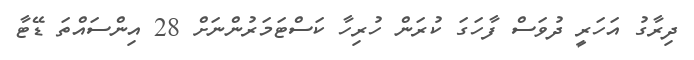
ދިރާގު އަހަރީ ދުވަސް ފާހަގަ ކުރަން ހުރިހާ ކަސްޓަމަރުންނަށް 28 އިންސައްތަ ޑޭޓާ